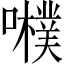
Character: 𡃾